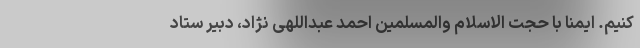
کنیم. ایمنا با حجت الاسلام والمسلمین احمد عبداللهی نژاد، دبیر ستاد